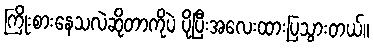
ကြိုးစားနေသလဲဆိုတာကိုပဲ ပိုပြီးအလေးထားပြသွားတယ်။